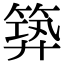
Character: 𥯹